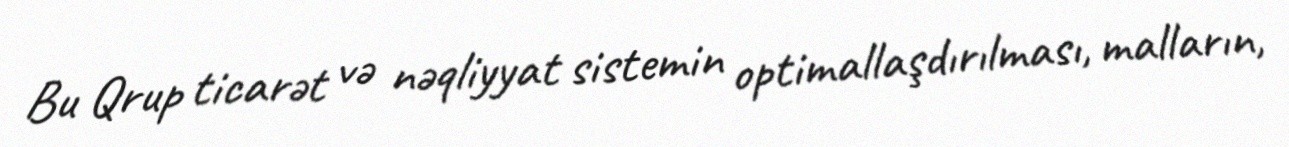
Bu Qrup ticarət və nəqliyyat sistemin optimallaşdırılması, malların,